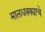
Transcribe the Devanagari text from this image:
मालधक्क्याचे